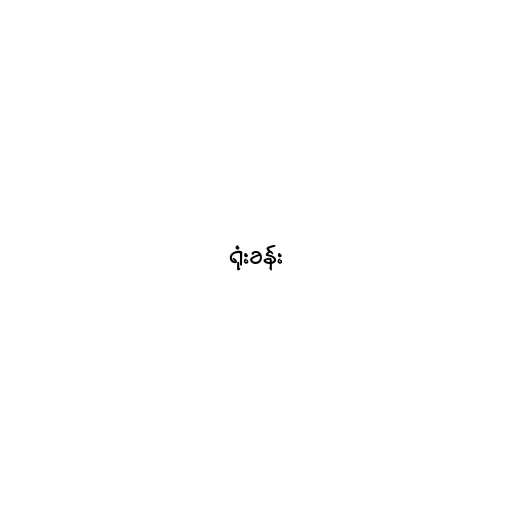
ရုံးခန်း